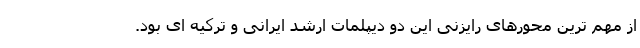
از مهم ترین محورهای رایزنی این دو دیپلمات ارشد ایرانی و ترکیه ای بود.